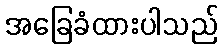
အခြေခံထားပါသည်